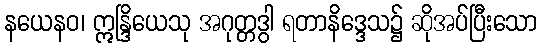
နယေနဝ၊ ဣန္ဒြိယေသု အဂုတ္တဒွါ ရတာနိဒ္ဒေသ၌ ဆိုအပ်ပြီးသော